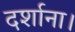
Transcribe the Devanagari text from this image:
दर्शाना।